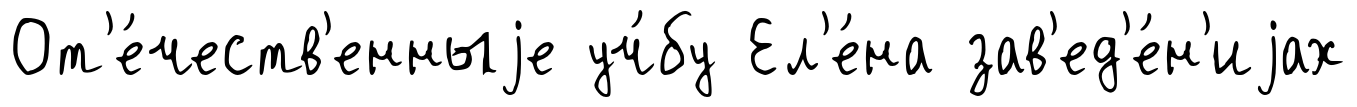
От'е́честв'енныjе уч́бу Ел'е́на зав'ед'е́н'иjах